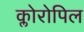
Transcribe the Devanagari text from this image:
क्लोरोपिल